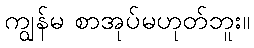
ကျွန်မ စာအုပ်မဟုတ်ဘူး။